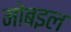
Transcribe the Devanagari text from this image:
मोबइल